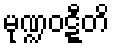
မုဏ္ဍဝဋ္ဋီတိ